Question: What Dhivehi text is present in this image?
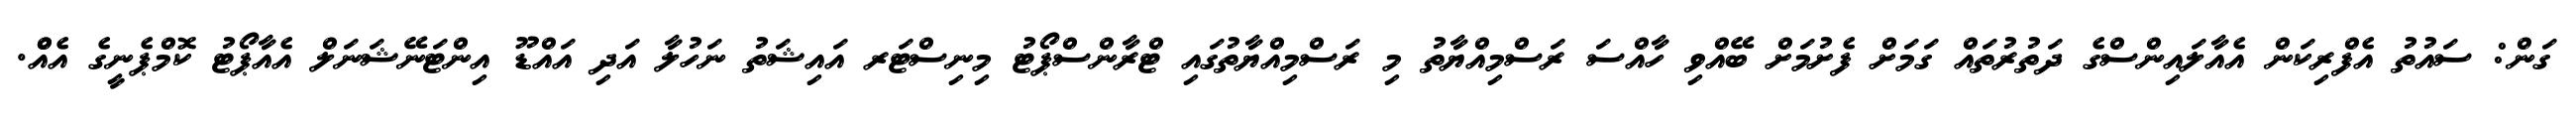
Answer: ގަން: ސައުތު އެފްރިކަން އެއާލައިންސްގެ ދަތުރުތައް ގަމަށް ފެށުމަށް ބޭއްވި ހާއްސަ ރަސްމިއްޔާތު މި ރަސްމިއްޔާތުގައި ޓްރާންސްޕޯޓު މިނިސްޓަރ އައިޝަތު ނަހުލާ އަދި އައްޑޫ އިންޓަނޭޝަނަލް އެއާޕޯޓު ކޮމްޕެނީގެ އެއްް.